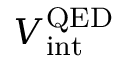
V _ { \mathrm { i n t } } ^ { \mathrm { Q E D } }